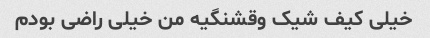
خیلی کیف شیک وقشنگیه من خیلی راضی بودم